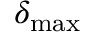
\delta _ { \mathrm { m a x } }